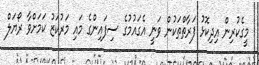
މީގެކުރިން އިދިކޮޅު ފަރާތްތަކުން ވަނީ އެގައުމުގެ ސިފައިންގެ މައި މަރުކަޒު ކަމަށްވާ ރޯޔަލް